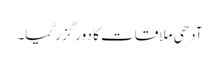
آدھی ملاقات کا دور گزرگیا۔